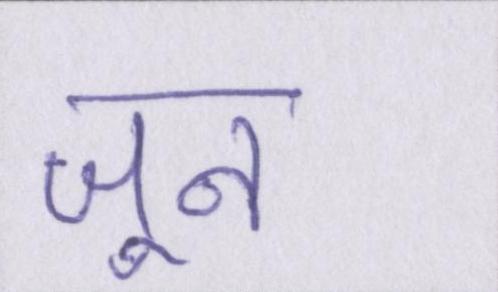
जून